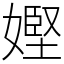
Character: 𡠩